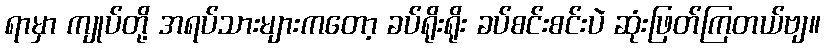
ရာမှာ ကျုပ်တို့ အရပ်သားများကတော့ ခပ်ရိုးရိုး ခပ်စင်းစင်းပဲ ဆုံးဖြတ်ကြတယ်ဗျ။